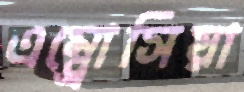
এম্ব্রোসিয়া